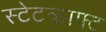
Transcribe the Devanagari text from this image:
स्टेटक्राफ्ट